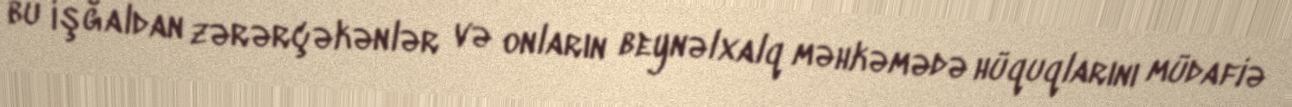
bu işğaldan zərərçəkənlər və onların beynəlxalq məhkəmədə hüquqlarını müdafiə